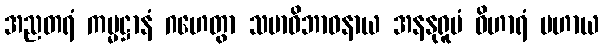
အညတရံ ကမ္မဋ္ဌာနံ ဂဟေတွာ သမာဓိဘာဝနာယ အနနုရူပံ ဝိဟာရံ ပဟာယ